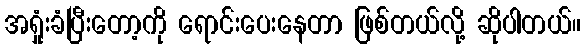
အရှုံးခံပြီးတော့ကို ရောင်းပေးနေတာ ဖြစ်တယ်လို့ ဆိုပါတယ်။